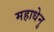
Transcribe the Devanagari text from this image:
महाधेनु